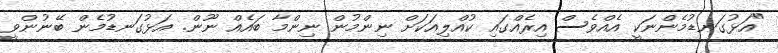
"އަޅުގަނޑުމެންނަކީ އެއްވެސް އިރެއްގައި ކުއްލިއަކަށް ނިންމުން ނިންމާ ބައެއް ނޫން. އަޅުގަނޑުމެން ބޭނުންވީ